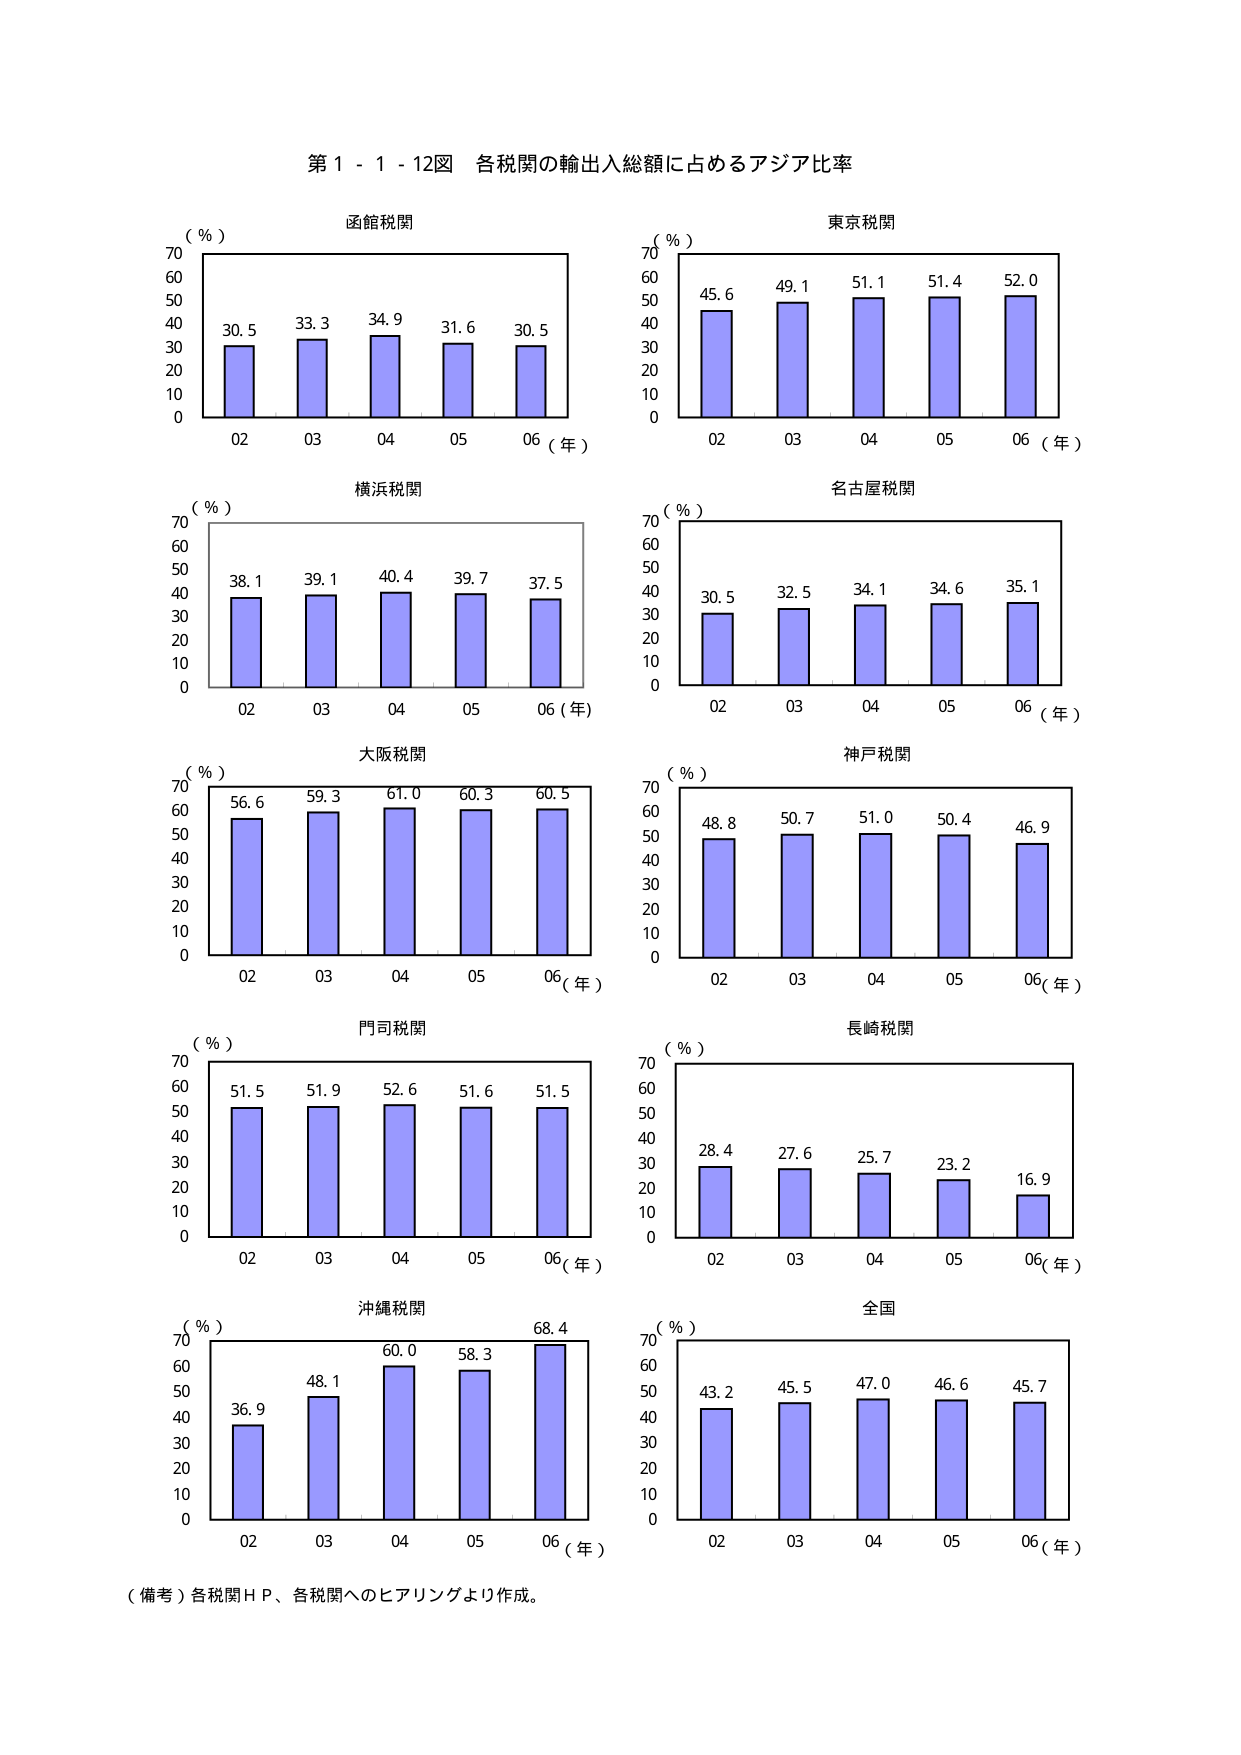
第１－１－１２図 各税関の輸出入総額に占めるアジア比率

函館税関
（％）
70
60
50
40
30
20
10
0
30.5 33.3 34.9 31.6 30.5
02 03 04 05 06（年）

東京税関
（％）
70
60
50
40
30
20
10
0
45.6 49.1 51.1 51.4 52.0
02 03 04 05 06（年）

横浜税関
（％）
70
60
50
40
30
20
10
0
38.1 39.1 40.4 39.7 37.5
02 03 04 05 06（年）

名古屋税関
（％）
70
60
50
40
30
20
10
0
30.5 32.5 34.1 34.6 35.1
02 03 04 05 06（年）

大阪税関
（％）
70
60
50
40
30
20
10
0
56.6 59.3 61.0 60.3 60.5
02 03 04 05 06（年）

神戸税関
（％）
70
60
50
40
30
20
10
0
48.8 50.7 51.0 50.4 46.9
02 03 04 05 06（年）

門司税関
（％）
70
60
50
40
30
20
10
0
51.5 51.9 52.6 51.6 51.5
02 03 04 05 06（年）

長崎税関
（％）
70
60
50
40
30
20
10
0
28.4 27.6 25.7 23.2 16.9
02 03 04 05 06（年）

沖縄税関
（％）
70
60
50
40
30
20
10
0
36.9 48.1 60.0 58.3 68.4
02 03 04 05 06（年）

全国
（％）
70
60
50
40
30
20
10
0
43.2 45.5 47.0 46.6 45.7
02 03 04 05 06（年）

（備考）各税関ＨＰ、各税関へのヒアリングより作成。